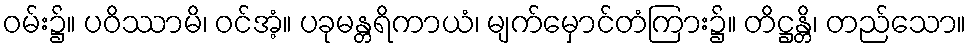
ဝမ်း၌။ ပဝိဿာမိ၊ ဝင်အံ့။ ပခုမန္တရိကာယံ၊ မျက်မှောင်တံကြား၌။ တိဋ္ဌန္တိ၊ တည်သော။